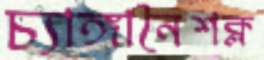
চ্যাঙ্গানৈশক্ল